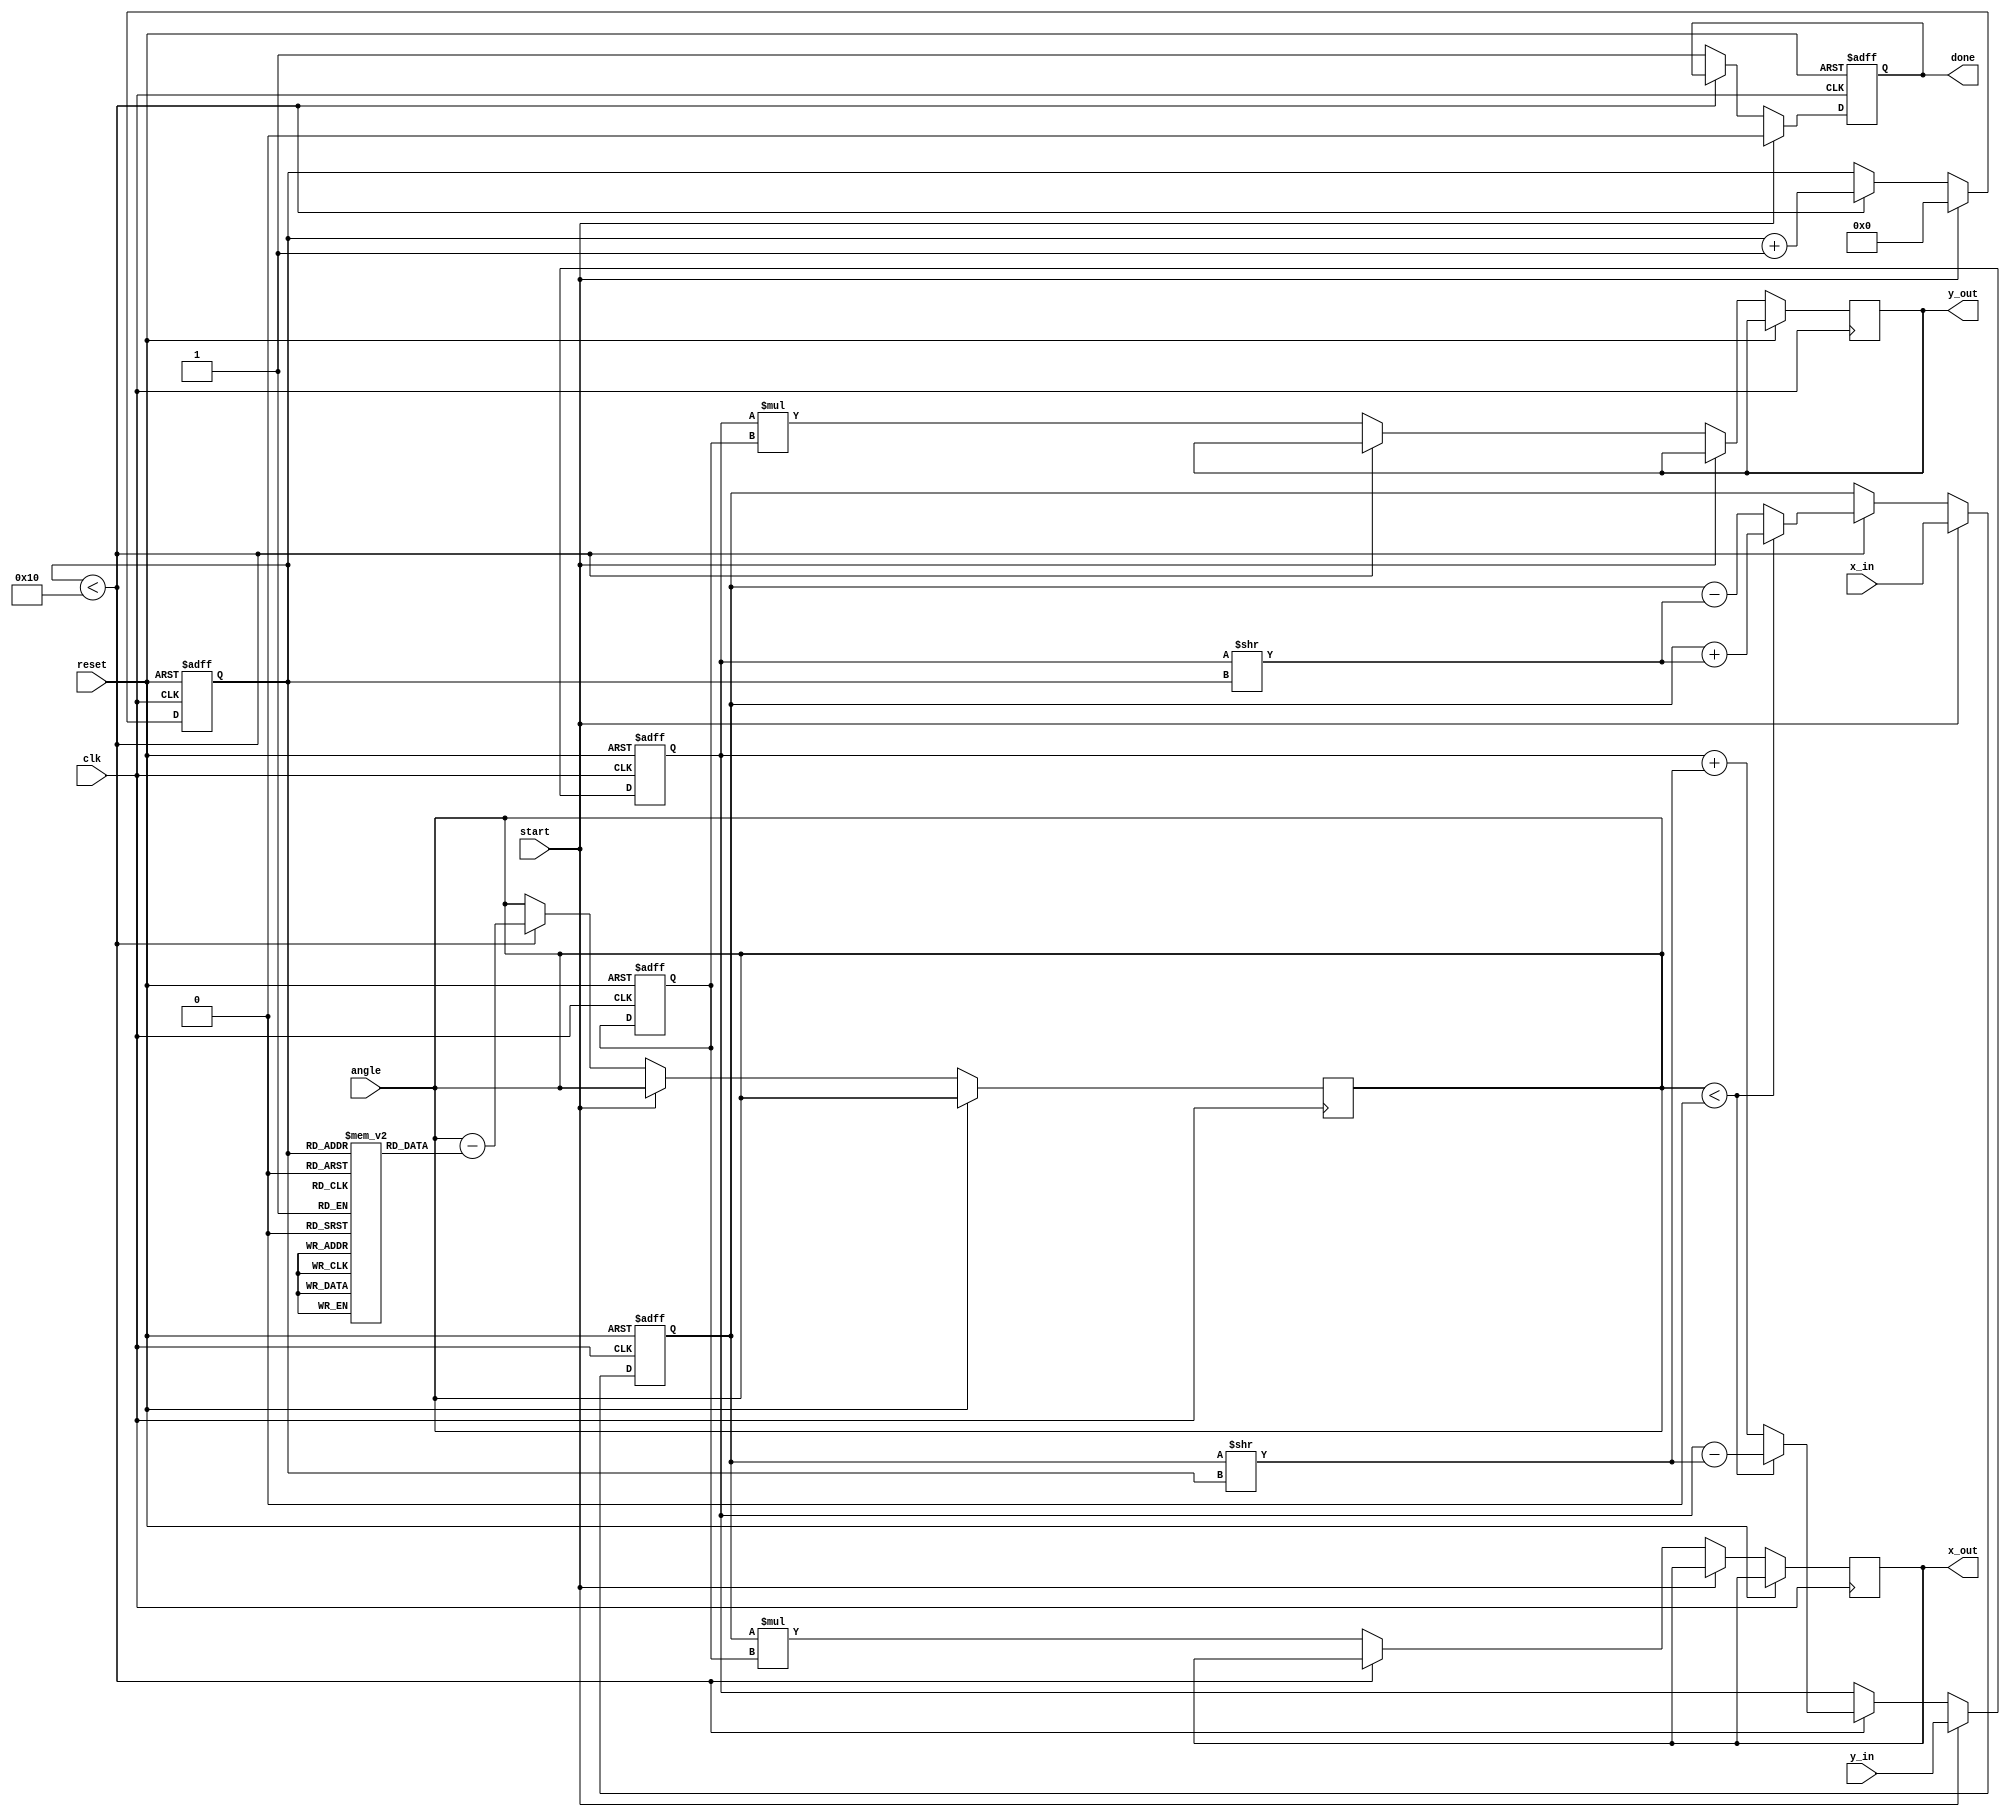
module modified_cordic(
    input wire clk,
    input wire reset,
    input wire start,
    input wire [15:0] angle, // Input angle in radians (fixed point)
    input wire [15:0] x_in,  // Initial X coordinate
    input wire [15:0] y_in,  // Initial Y coordinate
    output reg [15:0] x_out,  // Final X coordinate
    output reg [15:0] y_out,  // Final Y coordinate
    output reg done           // Signal to indicate completion
);

// Parameter definitions
parameter NUM_ITERATIONS = 16; // Number of iterations for CORDIC
reg [15:0] angle_table [0:NUM_ITERATIONS-1]; // Angle look-up table
reg [15:0] x_reg, y_reg; // Registers for X and Y coordinates
reg [3:0] iteration; // Iteration counter
reg [15:0] scaling_factor; // Scaling factor accumulator

// Initialize angle table (arctan values)
initial begin
    angle_table[0] = 16'h0000; // atan(0)
    angle_table[1] = 16'h2000; // atan(1/2^1)
    angle_table[2] = 16'h1000; // atan(1/2^2)
    angle_table[3] = 16'h0800; // atan(1/2^3)
    // Continue initializing the angle table...
end

// Control logic
always @(posedge clk or posedge reset) begin
    if (reset) begin
        iteration <= 0;
        x_reg <= 0;
        y_reg <= 0;
        scaling_factor <= 16'h1; // Initial scaling factor
        done <= 0;
    end else if (start) begin
        x_reg <= x_in;
        y_reg <= y_in;
        iteration <= 0;
        done <= 0;
    end else if (iteration < NUM_ITERATIONS) begin
        if (angle < 0) begin // Rotate clockwise
            x_reg <= x_reg + (y_reg >> iteration);
            y_reg <= y_reg - (x_reg >> iteration);
        end else begin // Rotate counterclockwise
            x_reg <= x_reg - (y_reg >> iteration);
            y_reg <= y_reg + (x_reg >> iteration);
        end
        // Update angle for next iteration
        angle <= angle - angle_table[iteration];
        iteration <= iteration + 1;
    end else begin
        x_out <= x_reg * scaling_factor; // Scale the output
        y_out <= y_reg * scaling_factor; // Scale the output
        done <= 1; // Indicate completion
    end
end

endmodule